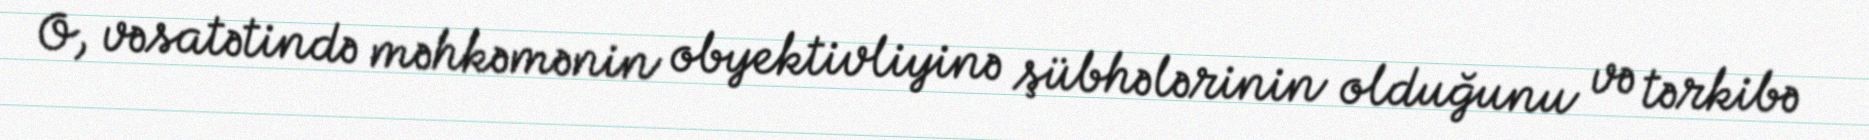
O, vəsatətində məhkəmənin obyektivliyinə şübhələrinin olduğunu və tərkibə